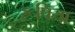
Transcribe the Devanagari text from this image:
रूपिया